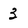
Character: 3